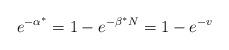
LaTeX: \begin{align*}{}e^{-\alpha^*} = 1-e^{-\beta^* N} = 1 - e^{-v}\end{align*}